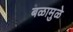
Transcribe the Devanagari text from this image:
बळामुळे